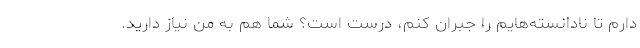
دارم تا نادانسته‌هایم را جبران کنم، درست است؟ شما هم به من نیاز دارید.